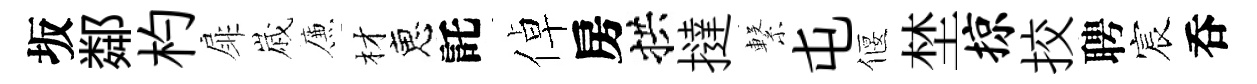
坂鄰杓扉𡻕簾材恵託倬房拱撻繋屯偃埜掠挍聘宸呑